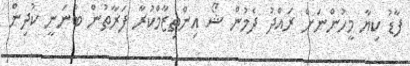
ފާޑު ކިޔާ މީހުންނަށް ރައްދު ދެމުން ޝޯ އިންތިޒާމްކުރާ ފަރާތުން ބުނަނީ ކުދިން